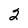
Character: 2